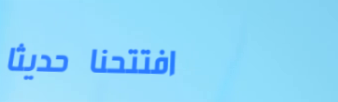
افتتحنا حديثاً